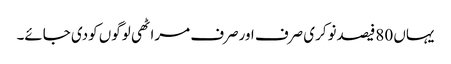
یہاں 80فیصدنوکری صرف اورصرف مراٹھی لوگوں کودی جائے۔